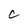
Character: C